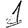
Digit: 1